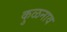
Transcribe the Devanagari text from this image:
कुळनाव